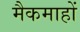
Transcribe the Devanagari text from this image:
मैकमाहों